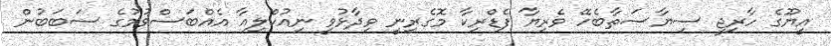
އީޔޫގެ ހާރިޖީ ސިޔާސަތާބެހޭ ވެރިޔާ ފެޑްރިކާ މޮގެރިނީ ވިދާޅުވީ ނިއުކްލިއާ އެއްބަސްވުމުގެ ސަބަބުން